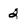
Character: 2